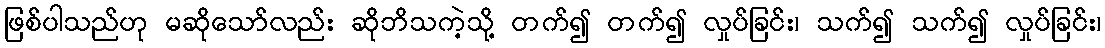
ဖြစ်ပါသည်ဟု မဆိုသော်လည်း ဆိုဘိသကဲ့သို့ တက်၍ တက်၍ လှုပ်ခြင်း၊ သက်၍ သက်၍ လှုပ်ခြင်း၊